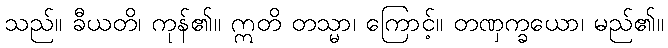
သည်။ ခီယတိ၊ ကုန်၏။ ဣတိ တသ္မာ၊ ကြောင့်။ တဏှက္ခယော၊ မည်၏။